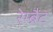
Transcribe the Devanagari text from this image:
रेम्ब्रैंट